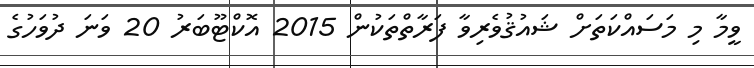
ވީމާ މި މަސައްކަތަށް ޝައުޤުވެރިވާ ފަރާތްތަކުން 2015 އޮކްޓޫބަރު 20 ވަނަ ދުވަހުގެ